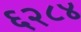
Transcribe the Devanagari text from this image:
६२८४